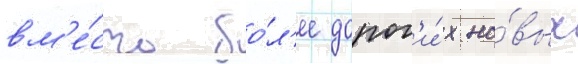
вм'е́сто бо́л'ее дорог'и́х но́вых